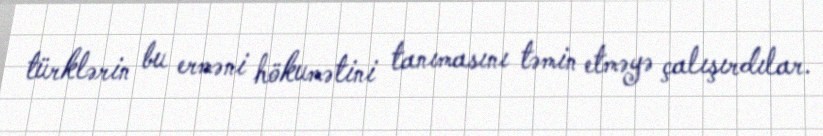
türklərin bu erməni hökumətini tanımasını təmin etməyə çalışırdılar.